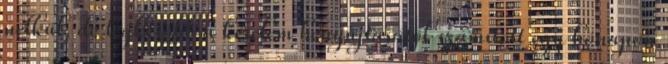
nélkül, de legkésőbb a kérelem benyújtásától számított egy hónapon